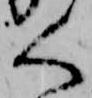
く